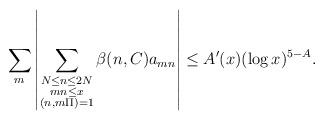
LaTeX: \begin{align*}\sum_{m}\left|\sum_{\substack{N\leq n\leq 2N \\ mn\leq x \\ (n, m\Pi) = 1}}\beta(n, C)a_{mn}\right|\leq A'(x)(\log x)^{5-A}.\end{align*}